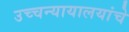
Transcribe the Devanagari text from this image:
उच्चन्यायालयांचे